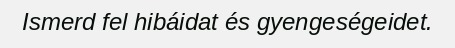
Ismerd fel hibáidat és gyengeségeidet.